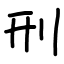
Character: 刑